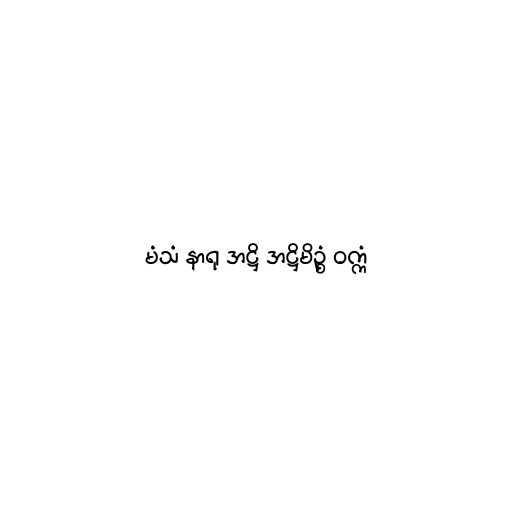
မံသံ နာရု အဋ္ဌိ အဋ္ဌိမိဥ္စံ ဝက္ကံ